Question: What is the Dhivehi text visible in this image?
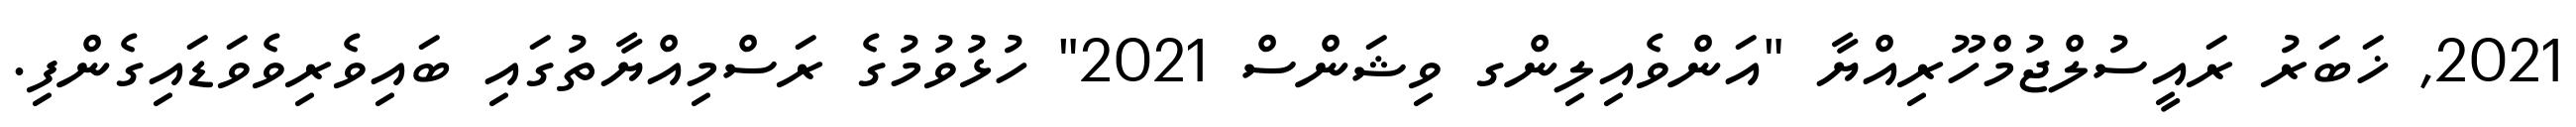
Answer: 2021, ޚަބަރު ރައީސުލްޖުމްހޫރިއްޔާ "އަންވެއިލިންގ ވިޝަންސް 2021" ހުޅުވުމުގެ ރަސްމިއްޔާތުގައި ބައިވެރިވެވަޑައިގެންފި.